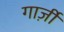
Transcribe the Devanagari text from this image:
गार्ज़ी